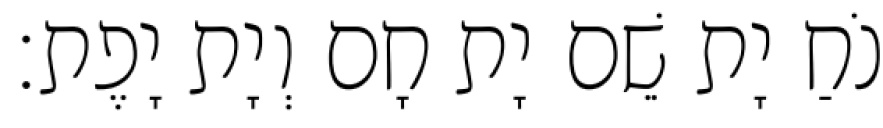
נֹחַ יָת שֵׁם יָת חָם וְיָת יָפֶת׃